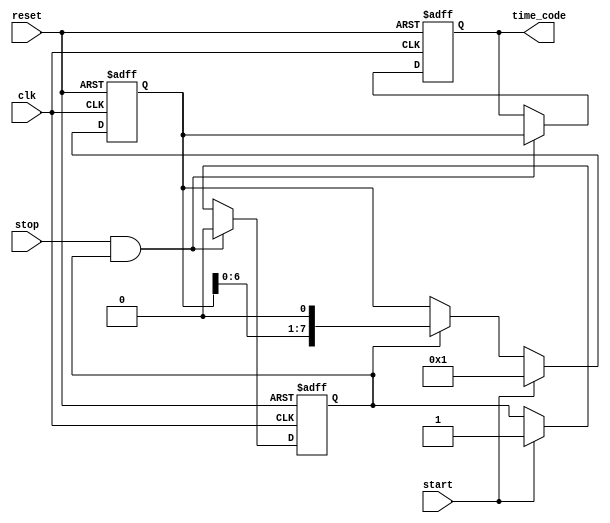
module TDC (
    input wire clk,                // Clock signal
    input wire reset,              // Reset signal
    input wire start,              // Start signal
    input wire stop,               // Stop signal
    output reg [N-1:0] time_code   // Digital output (N delay elements)
);

parameter N = 8;                  // Number of delay elements
reg [N-1:0] delay_line;          // Delay line represented as a shift register
reg measuring;                   // Indicates if the TDC is measuring

// Initialize the delay line and the state
always @(posedge clk or posedge reset) begin
    if (reset) begin
        delay_line <= 0;
        time_code <= 0;
        measuring <= 0;
    end else begin
        if (start) begin
            measuring <= 1;
            delay_line <= 1;  // Start the delay line with a single pulse
        end else if (measuring) begin
            delay_line <= {delay_line[N-2:0], 1'b0}; // Shift the delay line
        end

        if (stop && measuring) begin
            measuring <= 0;
            time_code <= delay_line; // Capture the measured time code
        end
    end
end

endmodule